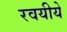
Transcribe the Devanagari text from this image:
रवयीये